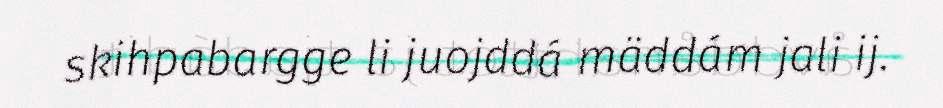
skihpabargge li juojddá mäddám jali ij.